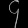
Digit: ၄